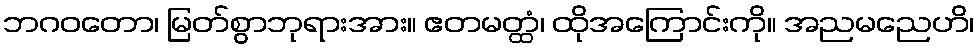
ဘဂဝတော၊ မြတ်စွာဘုရားအား။ ဧတမတ္ထံ၊ ထိုအကြောင်းကို။ အညမညေဟိ၊